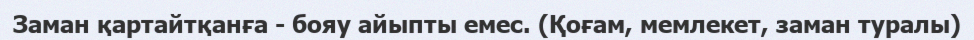
Заман қартайтқанға - бояу айыпты емес. (Қоғам, мемлекет, заман туралы)